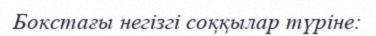
Бокстағы негізгі соққылар түріне: